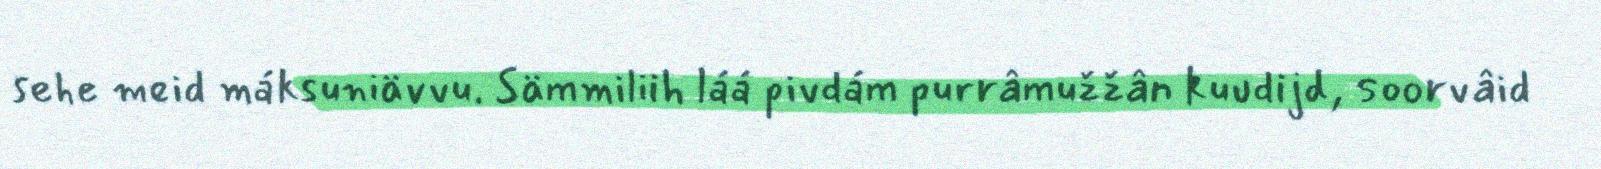
sehe meid máksuniävvu. Sämmiliih láá pivdám purrâmužžân kuudijd, soorvâid